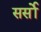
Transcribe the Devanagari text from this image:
सर्सो